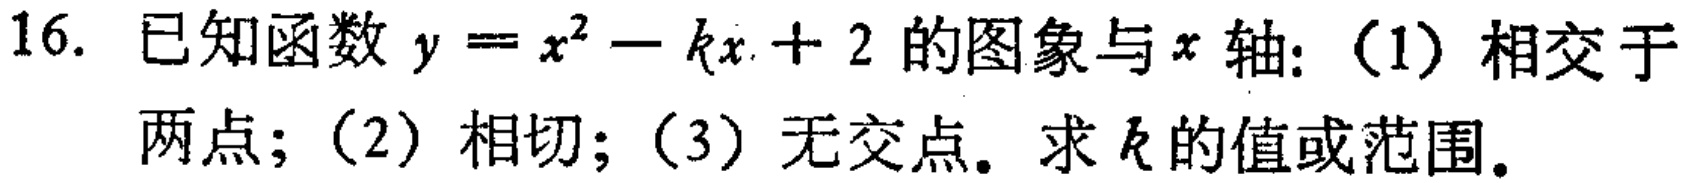
16. 已知函数$y = x^{2}-kx + 2$的图象与$x$轴：（1）相交于两点；（2）相切；（3）无交点。求$k$的值或范围。